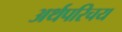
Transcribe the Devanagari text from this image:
अर्थपरिचय